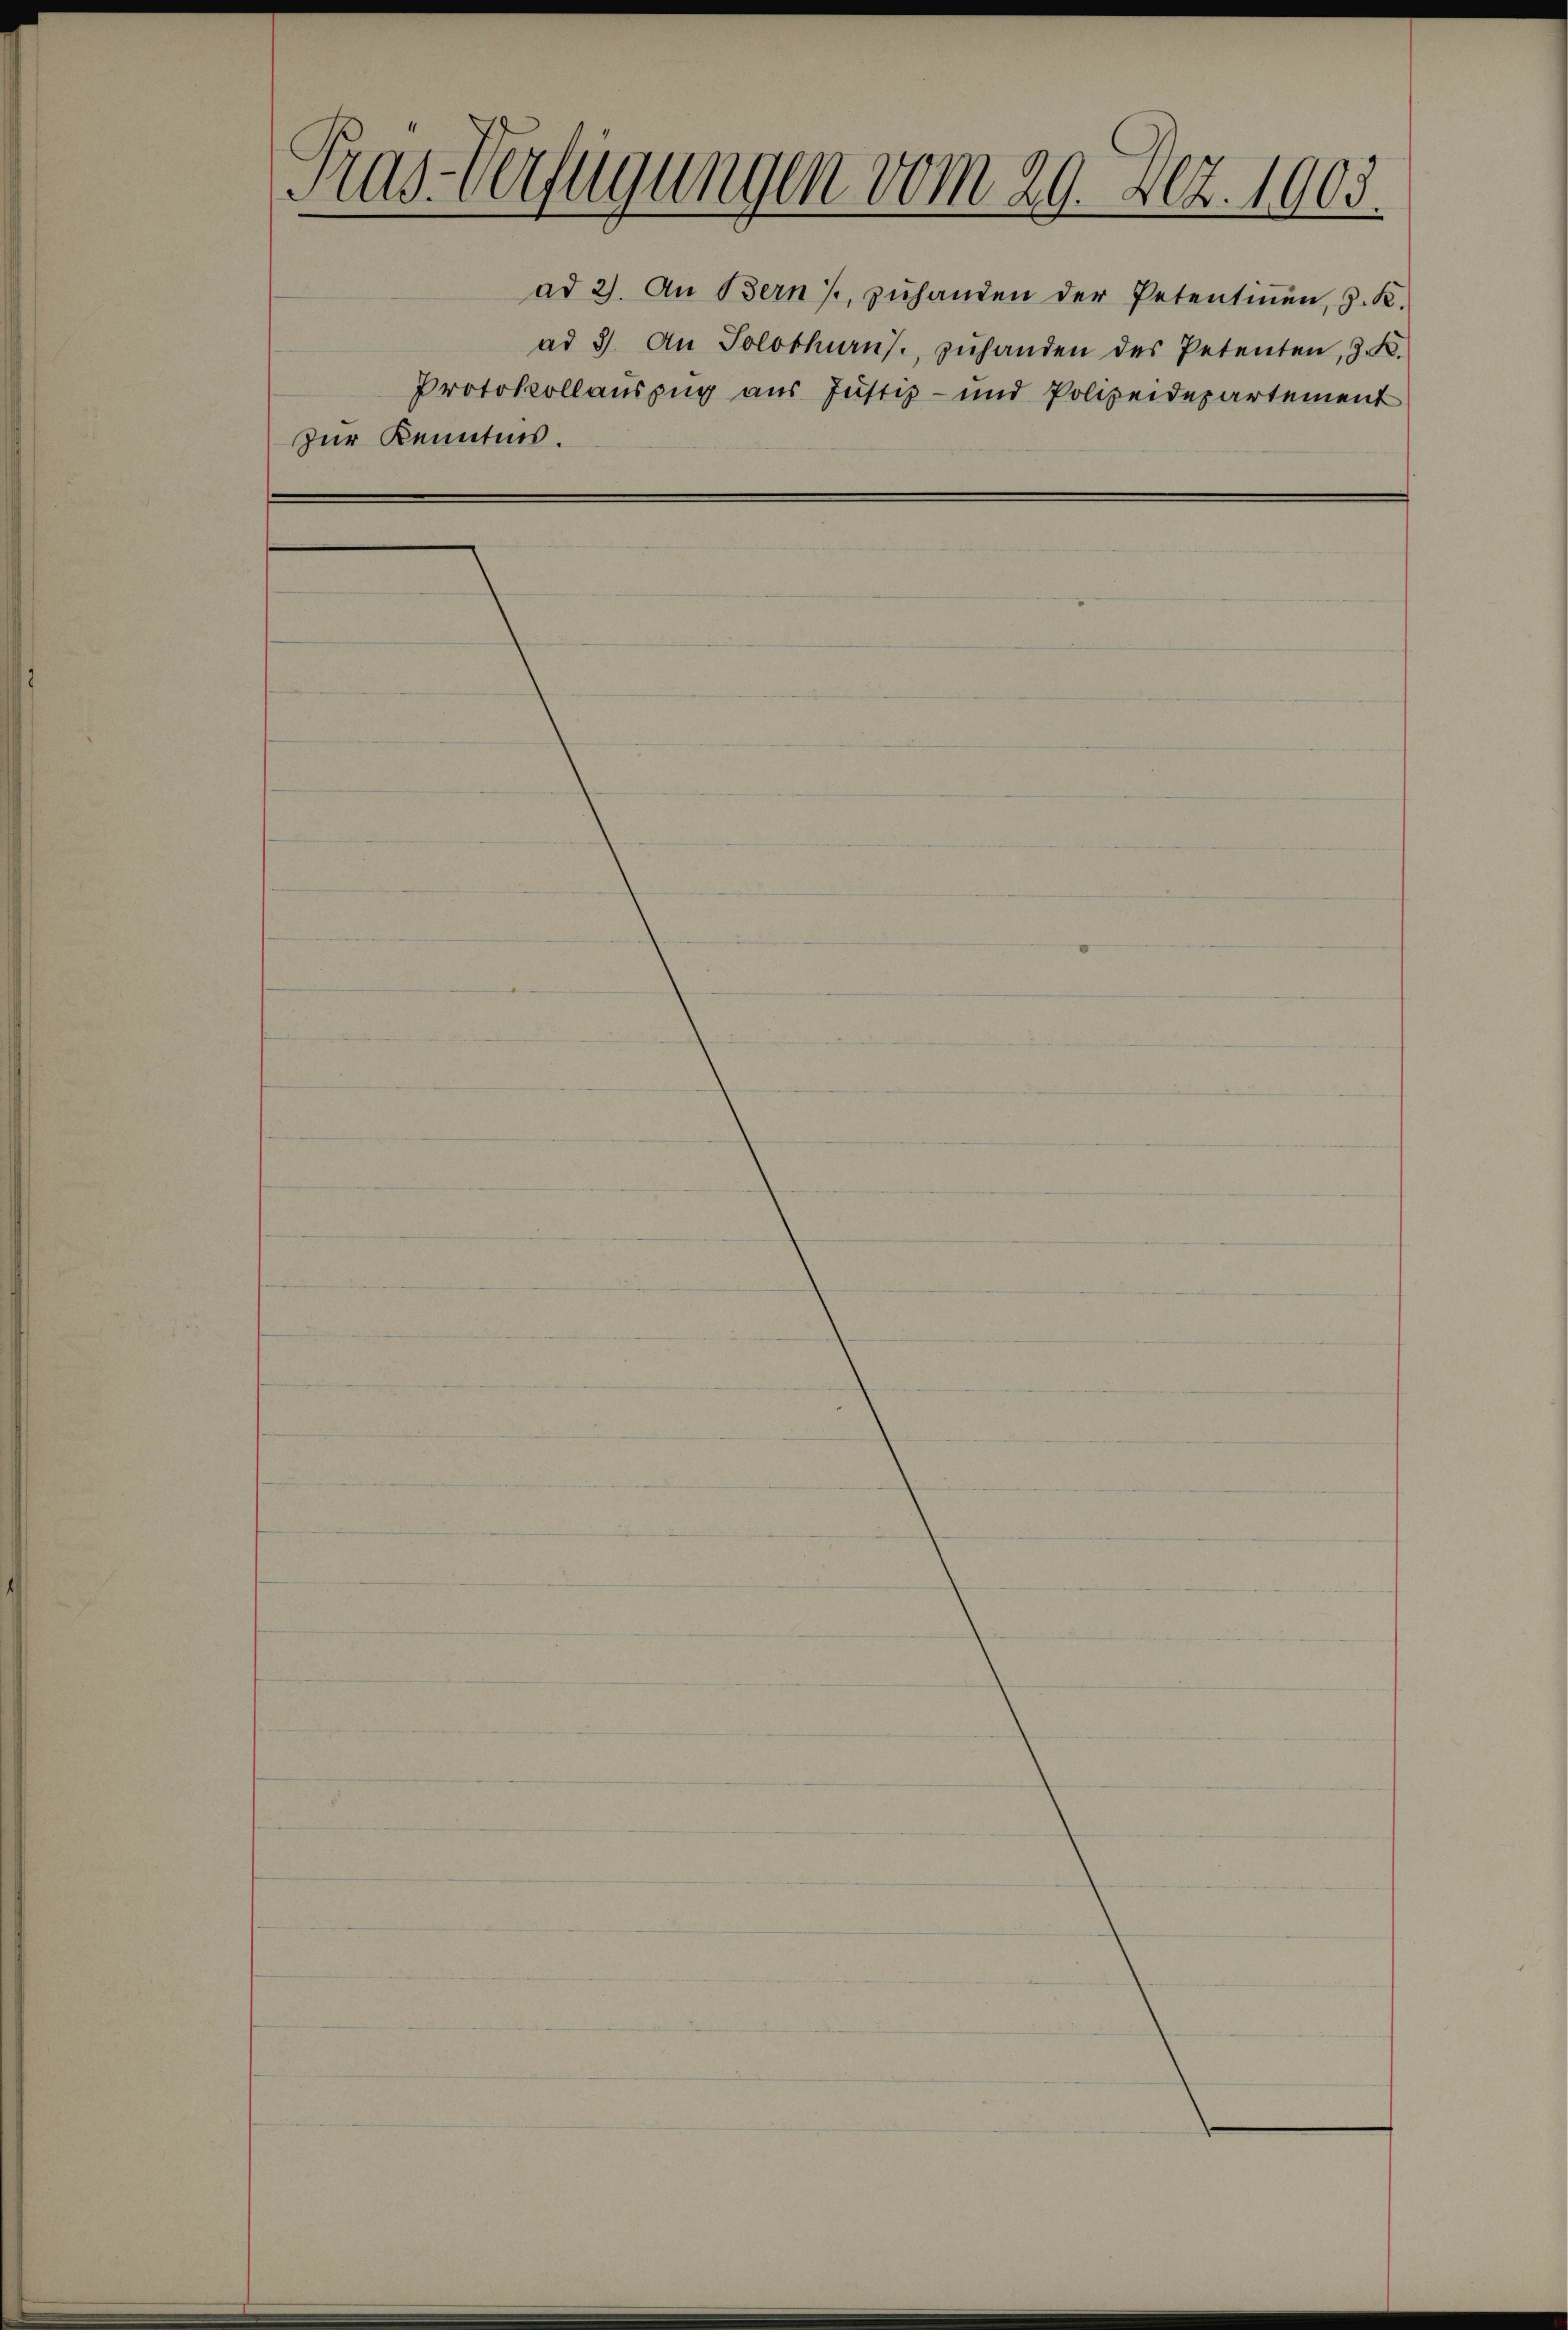
Tras-Verfügungen vom 29. Dez. 1903.

zur Kenntnis.

ad 2. An Bern / zŭhanden der Petentinen, z. K.
ad 3. An Solothurns. zŭhanden des Petenten, z. B.
Protokollauszug aus Justiz- und Polizeidepartement